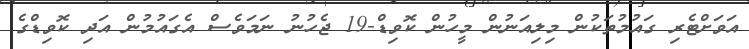
އަވަށްޓެރި ގައުމުތަކުން މިލިއަނުން މީހުން ކޮވިޑް-19 ޖެހުނު ނަމަވެސް އެގައުމުން އަދި ކޮވިޑްގެ